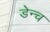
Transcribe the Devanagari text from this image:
डेन्च